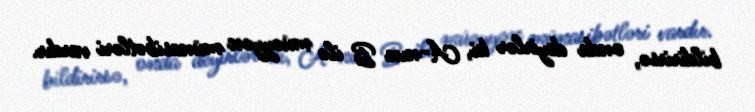
bildirirsə, onda deyirlər ki, A-nın B ilə müəyyən münasibətləri vardır.